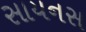
સાયનસ